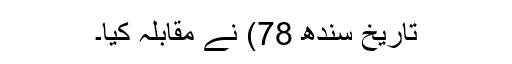
تاریخ سندھ 78) نے مقابلہ کیا۔